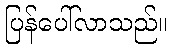
ပြန်ပေါ်လာသည်။